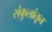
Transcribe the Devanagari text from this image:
संकुलांतून